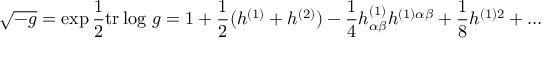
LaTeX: \sqrt { - g } = \exp { \frac { 1 } { 2 } } \mathrm { t r } \log \, g = 1 + { \frac { 1 } { 2 } } ( h ^ { ( 1 ) } + h ^ { ( 2 ) } ) - { \frac { 1 } { 4 } } h _ { \alpha \beta } ^ { ( 1 ) } h ^ { ( 1 ) \alpha \beta } + { \frac { 1 } { 8 } } h ^ { ( 1 ) 2 } + \ldots